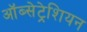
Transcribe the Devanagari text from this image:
ऑब्सेट्रेशियन